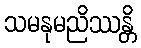
သမနုမညိဿန္တိ